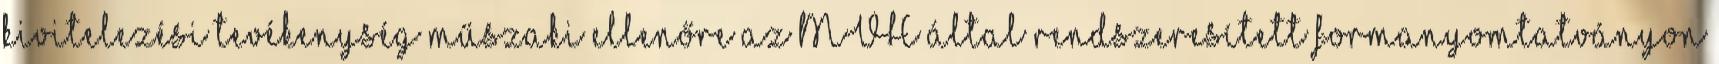
kivitelezési tevékenység műszaki ellenőre az MVH által rendszeresített formanyomtatványon